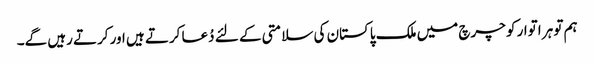
ہم تو ہر اتوار کو چرچ میں ملک پاکستان کی سلامتی کے لئے دُعا کرتے ہیں اور کرتے رہیں گے۔